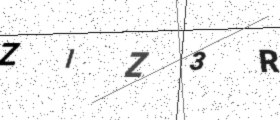
Text: ZIZ3R